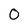
Character: 0